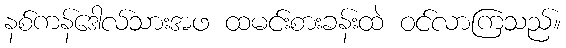
နစ်ကန်ဒေါလ်သားအဖ ထမင်းစားခန်းထဲ ဝင်လာကြသည်။